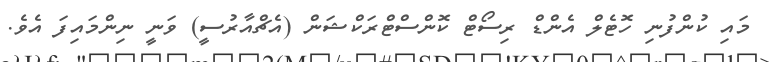
މައި ކުންފުނި ހޮޓެލް އެންޑް ރިސޯޓް ކޮންސްޓްރަކްޝަން (އެޗްއާރުސީ) ވަނީ ނިންމައިފަ އެވެ.